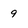
Character: 9